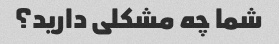
شما چه مشکلی دارید؟